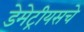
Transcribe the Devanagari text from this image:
डेमेट्रीयसचे